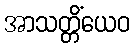
အာသတ္တိံယေဝ